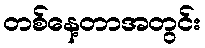
တစ်နေ့တာအတွင်း